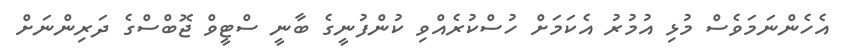
އެހެންނަމަވެސް މުޅި އުމުރު އެކަމަށް ހުސްކުރެއްވި ކުންފުނީގެ ބާނީ ސްޓީވް ޖޮބްސްގެ ދަރިންނަށް